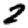
Digit: 2